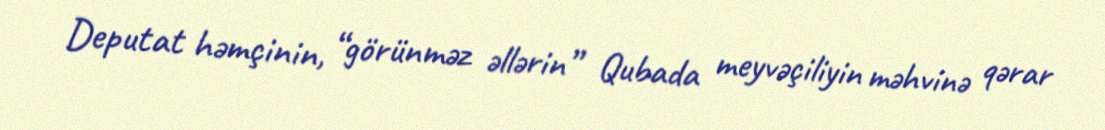
Deputat həmçinin, “görünməz əllərin” Qubada meyvəçiliyin məhvinə qərar